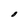
Character: O